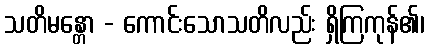
သတိမန္တော - ကောင်းသောသတိလည်း ရှိကြကုန်၏၊